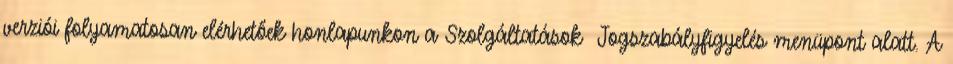
verziói folyamatosan elérhetőek honlapunkon a Szolgáltatások Jogszabályfigyelés menüpont alatt. A